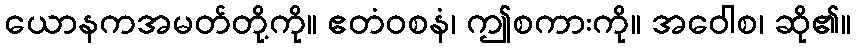
ယောနကအမတ်တို့ကို။ ဧတံဝစနံ၊ ဤစကားကို။ အဝေါစ၊ ဆို၏။